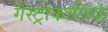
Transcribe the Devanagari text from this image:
गैस्ट्रोकालिक